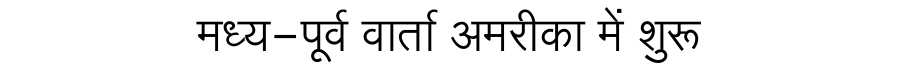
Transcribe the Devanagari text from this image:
मध्य-पूर्व वार्ता अमरीका में शुरू